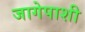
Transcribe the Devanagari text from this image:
जागेपाशी